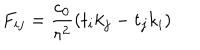
LaTeX: F _ { i j } = { \frac { c _ { 0 } } { r ^ { 2 } } } ( t _ { i } k _ { j } - t _ { j } k _ { i } )